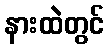
နားထဲတွင်